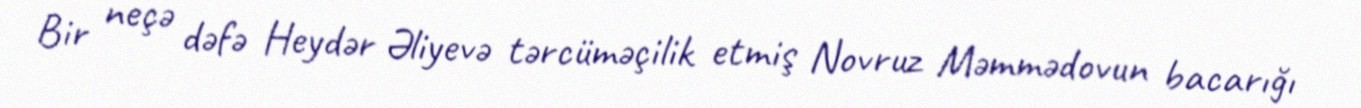
Bir neçə dəfə Heydər Əliyevə tərcüməçilik etmiş Novruz Məmmədovun bacarığı